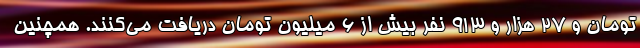
تومان و ۲۷ هزار و ۹۱۳ نفر بیش از ۶ میلیون تومان دریافت می‌کنند. همچنین